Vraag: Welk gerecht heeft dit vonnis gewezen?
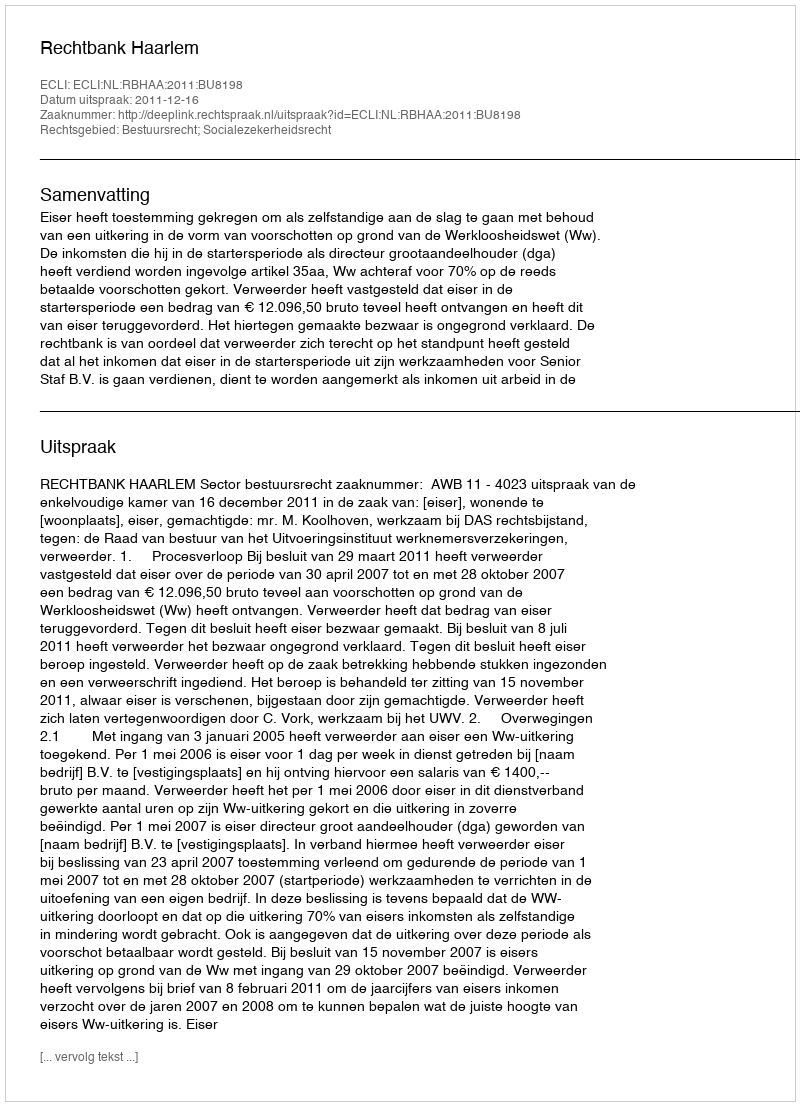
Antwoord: Rechtbank Haarlem